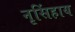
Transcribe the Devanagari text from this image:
नृसिंहाय